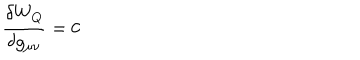
LaTeX: { \frac { \delta W _ { Q } } { \delta g _ { \mu \nu } } } = 0